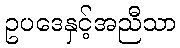
ဥပဒေနှင့်အညီသာ